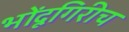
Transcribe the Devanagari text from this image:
भोंदूगिरीच